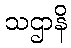
သဌာနိ